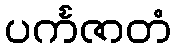
ပင်္ကဇာတံ